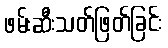
ဖမ်းဆီးသတ်ဖြတ်ခြင်း